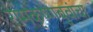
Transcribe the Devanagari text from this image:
रामकृष्णबुवांचा